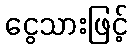
ငွေသားဖြင့်